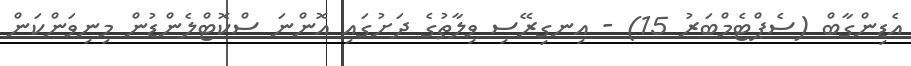
އެޑިންގާބް (ސެޕްޓެމްބަރު 15) - އިނގިރޭސި ވިލާތުގެ ދަށުގައި އޮންނަ ސްކޮޓްލެންޑުން މިނިވަންކަން